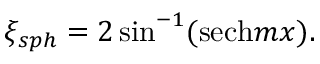
\xi _ { s p h } = 2 \sin ^ { - 1 } ( \mathrm { s e c h } m x ) .